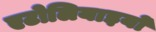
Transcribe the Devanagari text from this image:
एटोलियाइयों